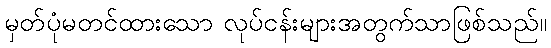
မှတ်ပုံမတင်ထားသော လုပ်ငန်းများအတွက်သာဖြစ်သည်။